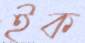
ইক